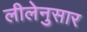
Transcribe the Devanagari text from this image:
लीलेनुसार